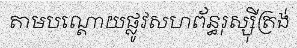
តាមបណ្តោយផ្លូវសហព័ន្ធរុស្ស៊ីត្រង់